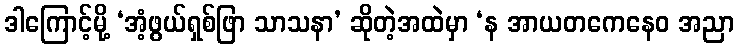
ဒါကြောင့်မို့ ‘အံ့ဖွယ်ရှစ်ဖြာ သာသနာ’ ဆိုတဲ့အထဲမှာ ‘န အာယတကေနေဝ အညာ